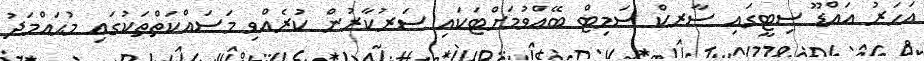
އަހަރު އައްޑޫ ސިޓީގައި ސާރކް ސަމިޓް ބޭއްވުމަށްޓަކައި ސަރުކާރުން ކުރެއްވި މަސައްކަތްތަކުގައި މުޙައްމަދު